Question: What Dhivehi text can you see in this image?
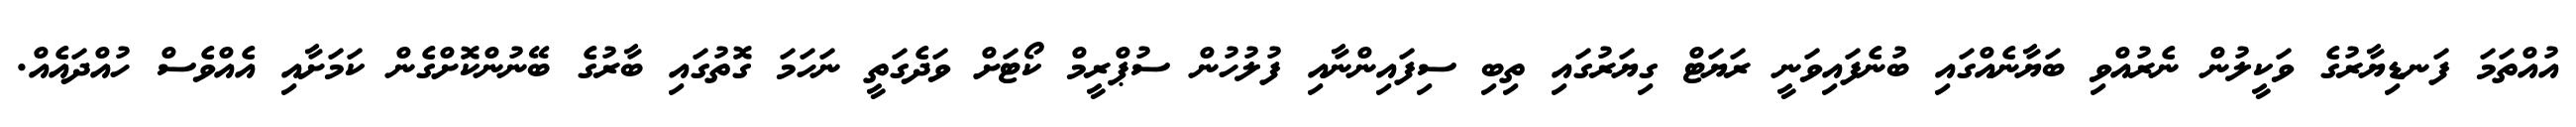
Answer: އުއްތަމަ ފަނޑިޔާރުގެ ވަކީލުން ނެރުއްވި ބަޔާނެއްގައި ބުނެފައިވަނީ ރަޔަޓް ގިޔަރުގައި ތިބި ސިފައިންނާއި ފުލުހުން ސުޕްރީމް ކޯޓަށް ވަދެގަތީ ނަހަމަ ގޮތުގައި ބާރުގެ ބޭނުންކޮށްގެން ކަމަށާއި އެއްވެސް ހުއްދައެއް.